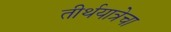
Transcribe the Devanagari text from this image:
तीर्थयात्रेचा